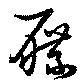
屧